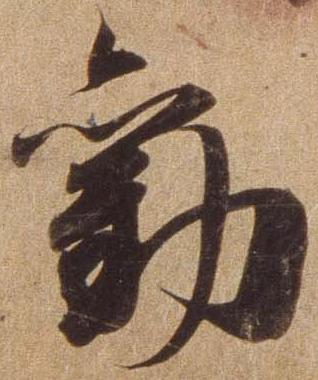
勧